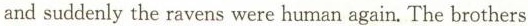
and suddenly the ravens were human again. The brothers